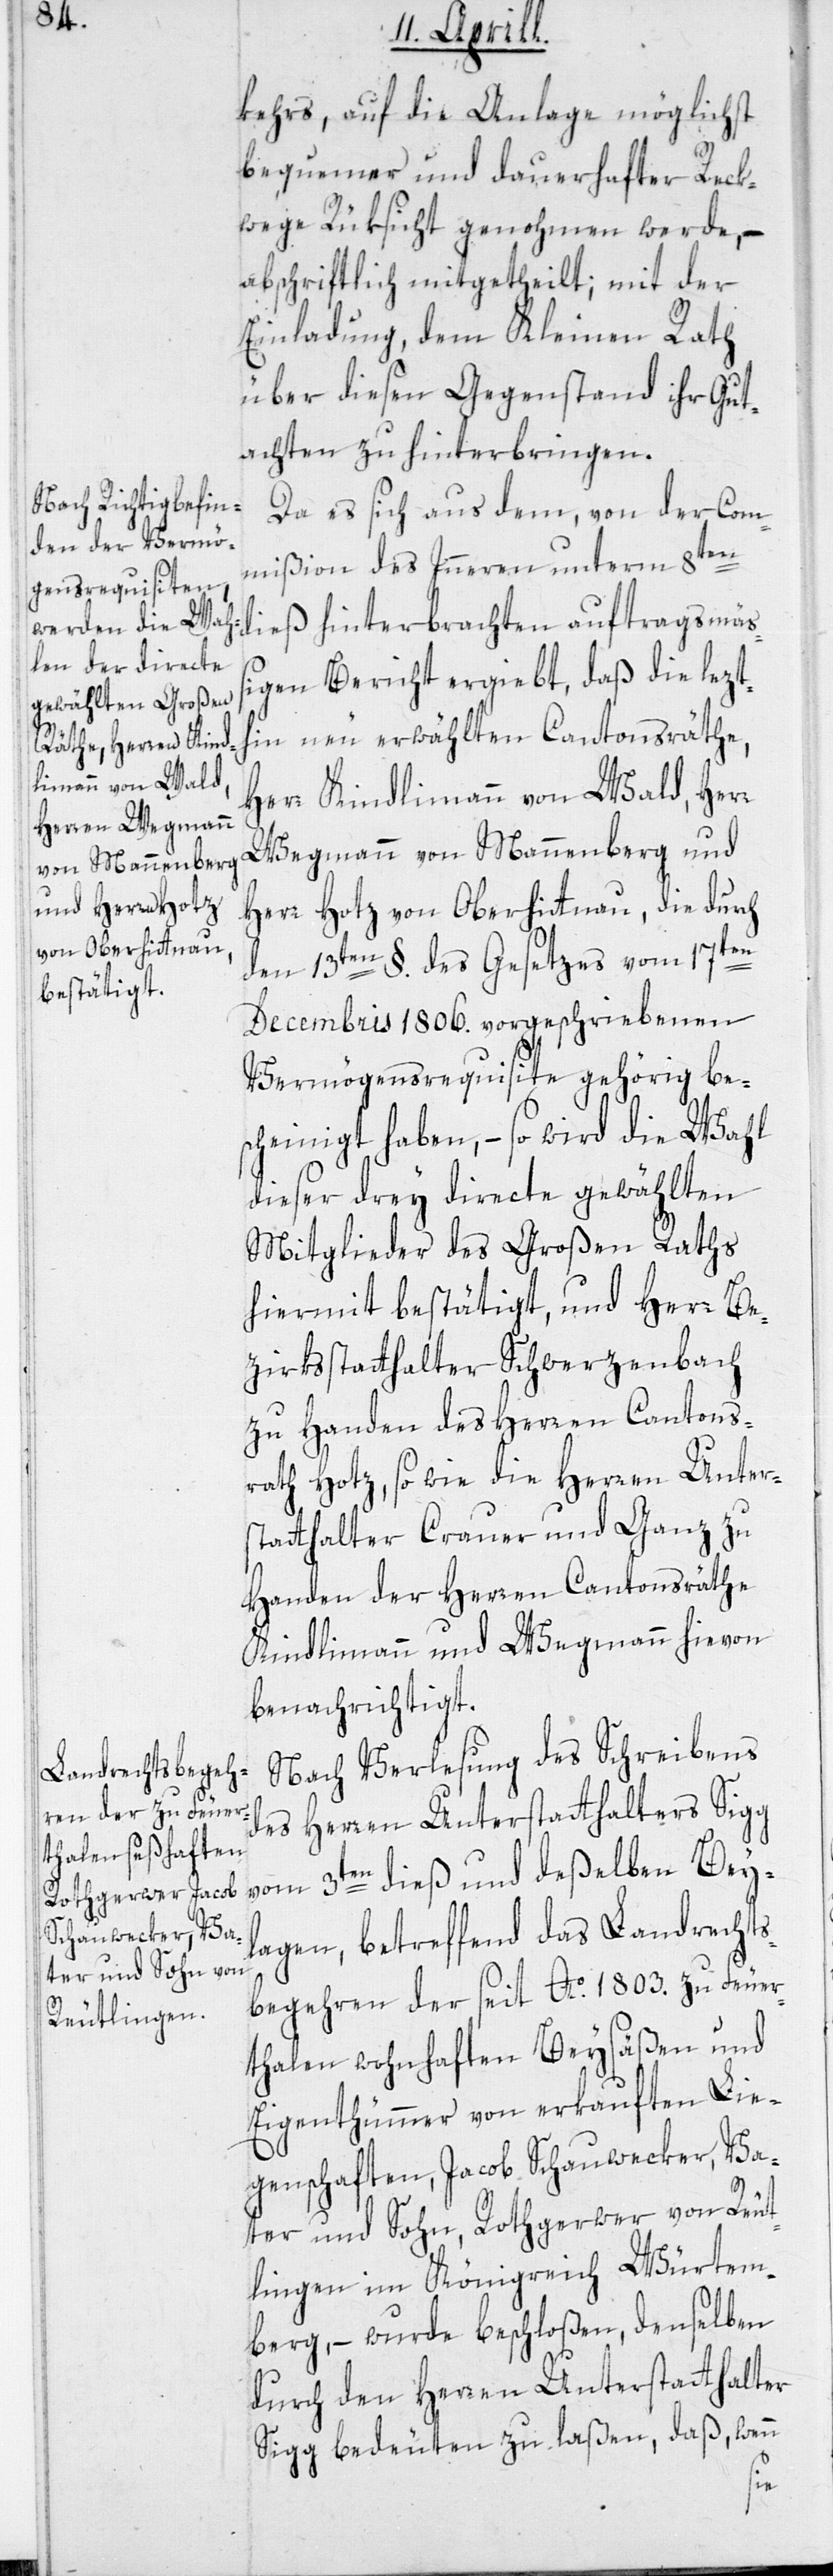
kehrs, auf die Anlage möglichst
bequemer und dauerhafter Reck¬
wege Rüksicht genohmen werde, –
abschriftlich mitgetheilt; mit der
Einladung, dem Kleinen Rath
über diesen Gegenstand ihr Gut¬
achten zu hinterbringen.
Da es sich aus dem, von der Com¬
mißion des Inneren unterm 8ten
dieß hinterbrachten auftragsmäs¬
igen Bericht ergiebt, daß die letzt¬
hin neu erwählten Cantonsräthe,
Herr Kindlimann von Wald, Her¬
Wegmann von Mannenberg und
Herr Hotz von Oberhittnau, die durch
r
den 13ten §. des Gesetzes vom 17ten
Decembris 1806. vorgeschriebenen
Vermögensrequisite gehörig bes¬
cheinigt haben, – so wird die Wahl
dieser drey directe gewählten
Mitglieder des Großen Raths
hiermit bestätigt, und Herr Be¬
zirksstatthalter Schwerzenbach
zu Handen des Herren Cantons¬
rath Hotz, so wie die Herren Unter¬
statthalter Crauer und Ganz zu
Handen der Herren Cantonsräthe
Kindlimann und Wegmann hievon
benachrichtigt.
Nach Verlesung des Schreibens
des Herren Unterstatthalters Sigg
vom 3ten dieß und deßelben Bey¬
lagen, betreffend das Landrechts¬
begehren der seit Ao. 1803. zu Feuer¬
thalen wohnhaften Beysäßen und
Eigenthümmer von erkauften Lie¬
genschaften, Jacob Schauwecker, Va¬
ter und Sohn, Rothgerwer von Reut¬
lingen im Königreich Würtem¬
berg, – wurde beschloßen, denselben
durch den Herren Unterstatthalter
Sigg bedeuten zu laßen, daß, wenn
s¬